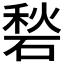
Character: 𱴛